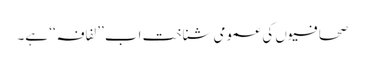
صحافیوں کی عمومی شناخت اب ’’لفافہ‘‘ ہے۔